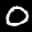
Label: 0